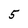
Character: 5